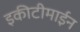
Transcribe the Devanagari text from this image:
इकीटीमाईन